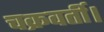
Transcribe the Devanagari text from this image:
चक्रवर्ती।